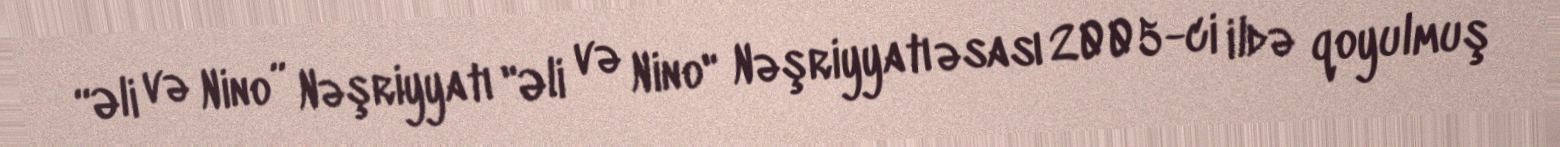
“Əli və Nino” Nəşriyyatı "Əli və Nino" Nəşriyyatı əsası 2005-ci ildə qoyulmuş